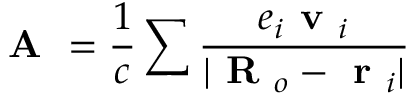
\textbf { A } = \frac { 1 } { c } \sum \frac { e _ { i } \textbf { v } _ { i } } { | \textbf { R } _ { o } - \textbf { r } _ { i } | }